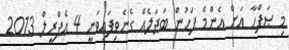
މި ޞަފްހާ އަށް އެންމެ ފަހުން ބަދަލެއް ގެނެވިފައިވަނީ 4 އެޕްރީލް 2013